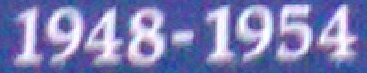
1948-1954